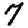
Digit: 7